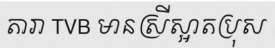
តារា TVB មានស្រីស្អាតប្រុស